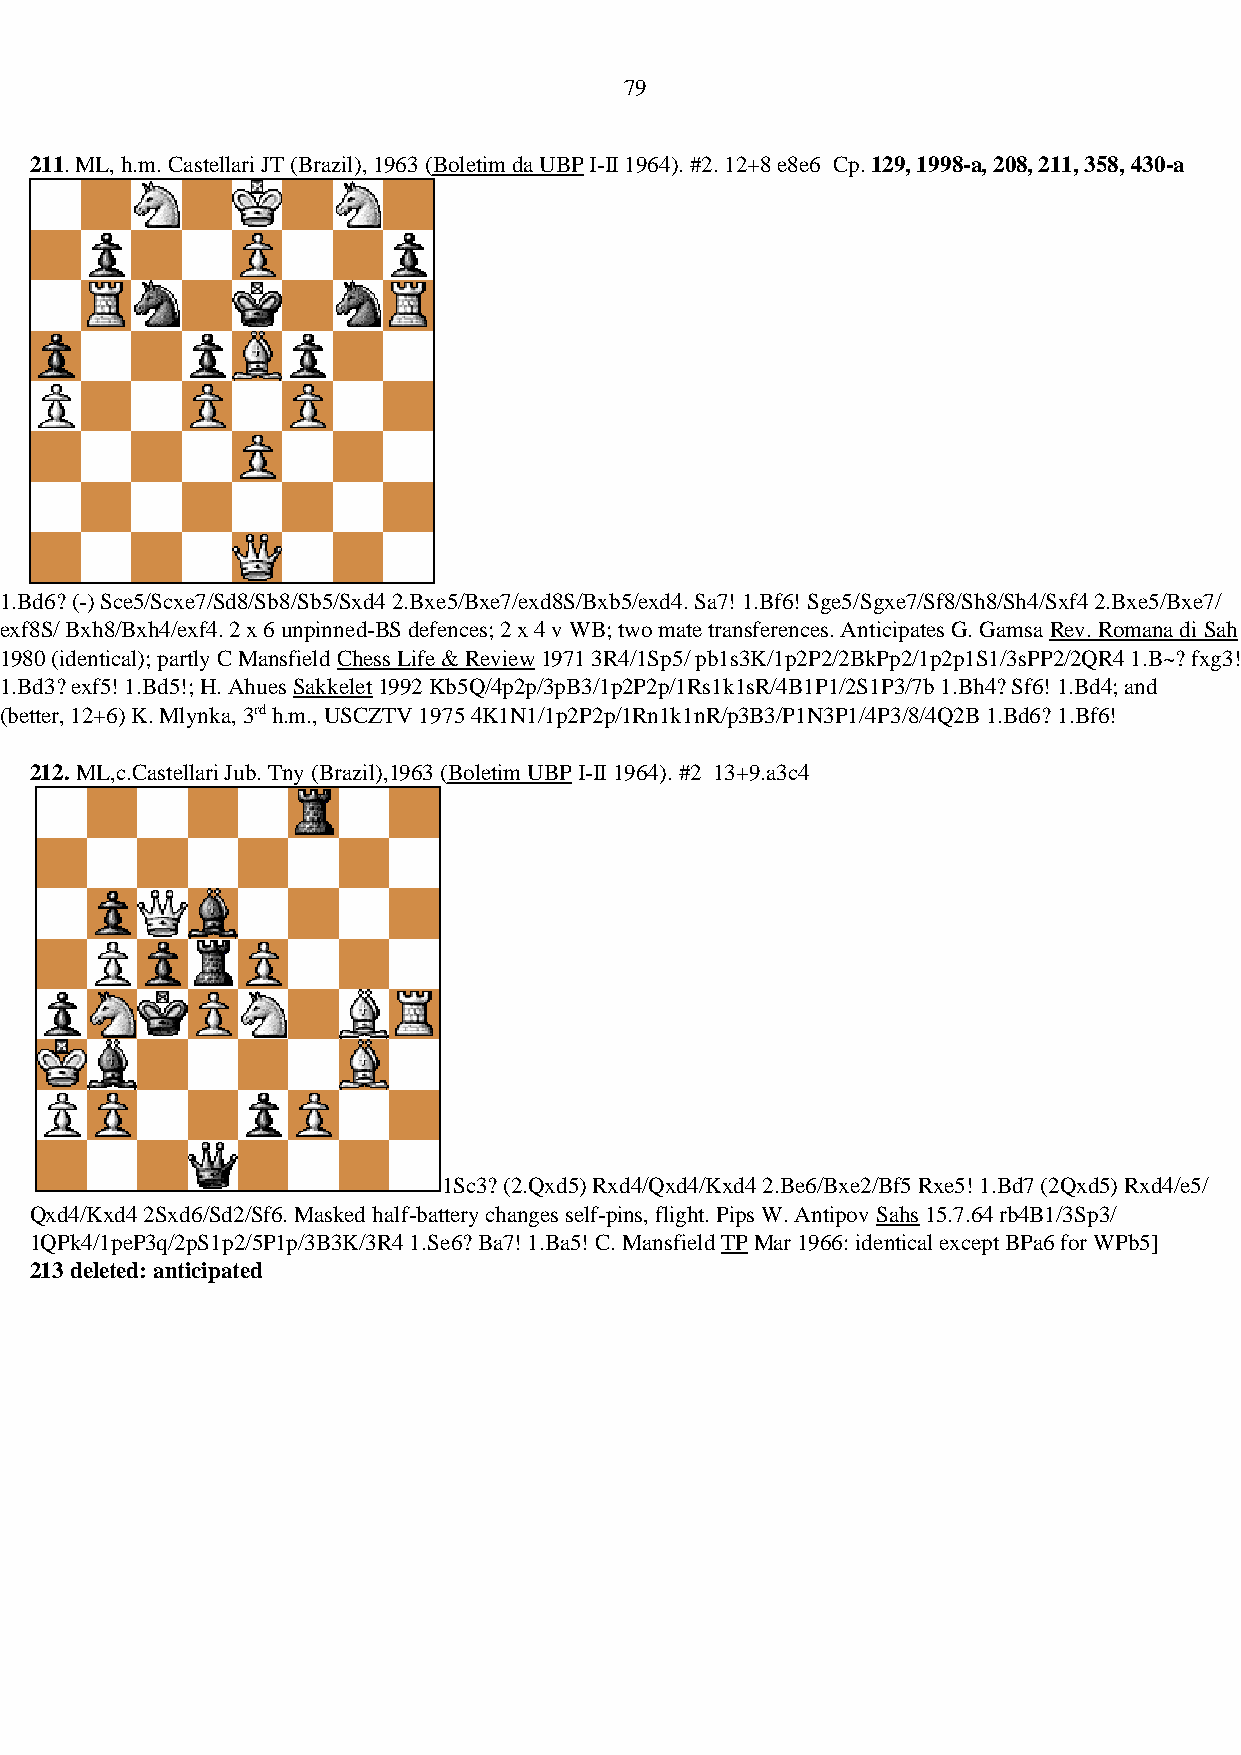
79
 211. ML, h.m. Castellari JT (Brazil), 1963 (Boletim da UBP I-II 1964). #2. 12+8 e8e6 Cp. 129, 1998-a, 208, 211, 358, 430-a
 1.Bd6? (-) Sce5/Scxe7/Sd8/Sb8/Sb5/Sxd4 2.Bxe5/Bxe7/exd8S/Bxb5/exd4. Sa7! 1.Bf6! Sge5/Sgxe7/Sf8/Sh8/Sh4/Sxf4 2.Bxe5/Bxe7/
 exf8S/ Bxh8/Bxh4/exf4. 2 x 6 unpinned-BS defences; 2 x 4 v WB; two mate transferences. Anticipates G. Gamsa Rev. Romana di Sah
 1980 (identical); partly C Mansfield Chess Life & Review 1971 3R4/1Sp5/ pb1s3K/1p2P2/2BkPp2/1p2p1S1/3sPP2/2QR4 1.B~? fxg3!
 1.Bd3? exf5! 1.Bd5!; H. Ahues Sakkelet 1992 Kb5Q/4p2p/3pB3/1p2P2p/1Rs1k1sR/4B1P1/2S1P3/7b 1.Bh4? Sf6! 1.Bd4; and
 (better, 12+6) K. Mlynka, 3rd h.m., USCZTV 1975 4K1N1/1p2P2p/1Rn1k1nR/p3B3/P1N3P1/4P3/8/4Q2B 1.Bd6? 1.Bf6!
 212. ML,c.Castellari Jub. Tny (Brazil),1963 (Boletim UBP I-II 1964). #2 13+9.a3c4
 1Sc3? (2.Qxd5) Rxd4/Qxd4/Kxd4 2.Be6/Bxe2/Bf5 Rxe5! 1.Bd7 (2Qxd5) Rxd4/e5/
 Qxd4/Kxd4 2Sxd6/Sd2/Sf6. Masked half-battery changes self-pins, flight. Pips W. Antipov Sahs 15.7.64 rb4B1/3Sp3/
 1QPk4/1peP3q/2pS1p2/5P1p/3B3K/3R4 1.Se6? Ba7! 1.Ba5! C. Mansfield TP Mar 1966: identical except BPa6 for WPb5]
 213 deleted: anticipated